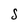
Character: S